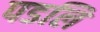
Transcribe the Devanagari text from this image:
पडलि